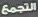
التجمع